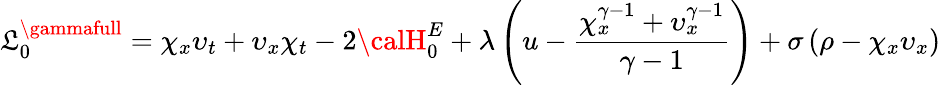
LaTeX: {\cal\mathfrak{L}}_{0}^{\gammafull}=\chi_{x}\upsilon_{t}+\upsilon_{x}\chi_{t}-2{\calH}_{0}^{E}+\lambda\left(u-\frac{{\chi_{x}^{\gamma-1}+\upsilon_{x}^{\gamma-1}}}{{\gamma-1}}\right)+\sigma\left(\rho-\chi_{x}\upsilon_{x}\right)